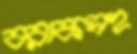
বরাকসহ